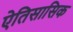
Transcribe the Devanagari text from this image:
ऐतिसासिक